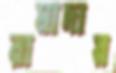
রামাদায়